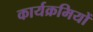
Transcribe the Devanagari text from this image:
कार्यक्रमियों